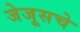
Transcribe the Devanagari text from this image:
जेजूसचे